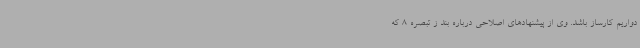
دواریم کارساز باشد. وی از پیشنهادهای اصلاحی درباره بند ز تبصره 8 که